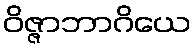
ဝိဇ္ဇာဘာဂိယေ